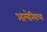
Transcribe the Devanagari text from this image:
आल्बेनियाच्या